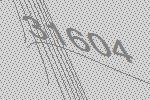
31604